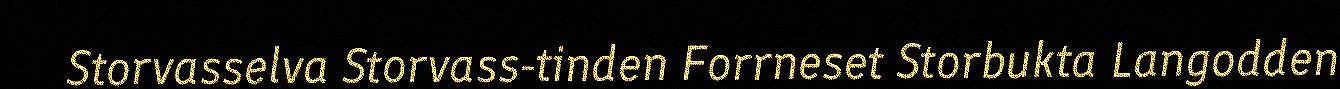
Storvasselva Storvass-tinden Forrneset Storbukta Langodden